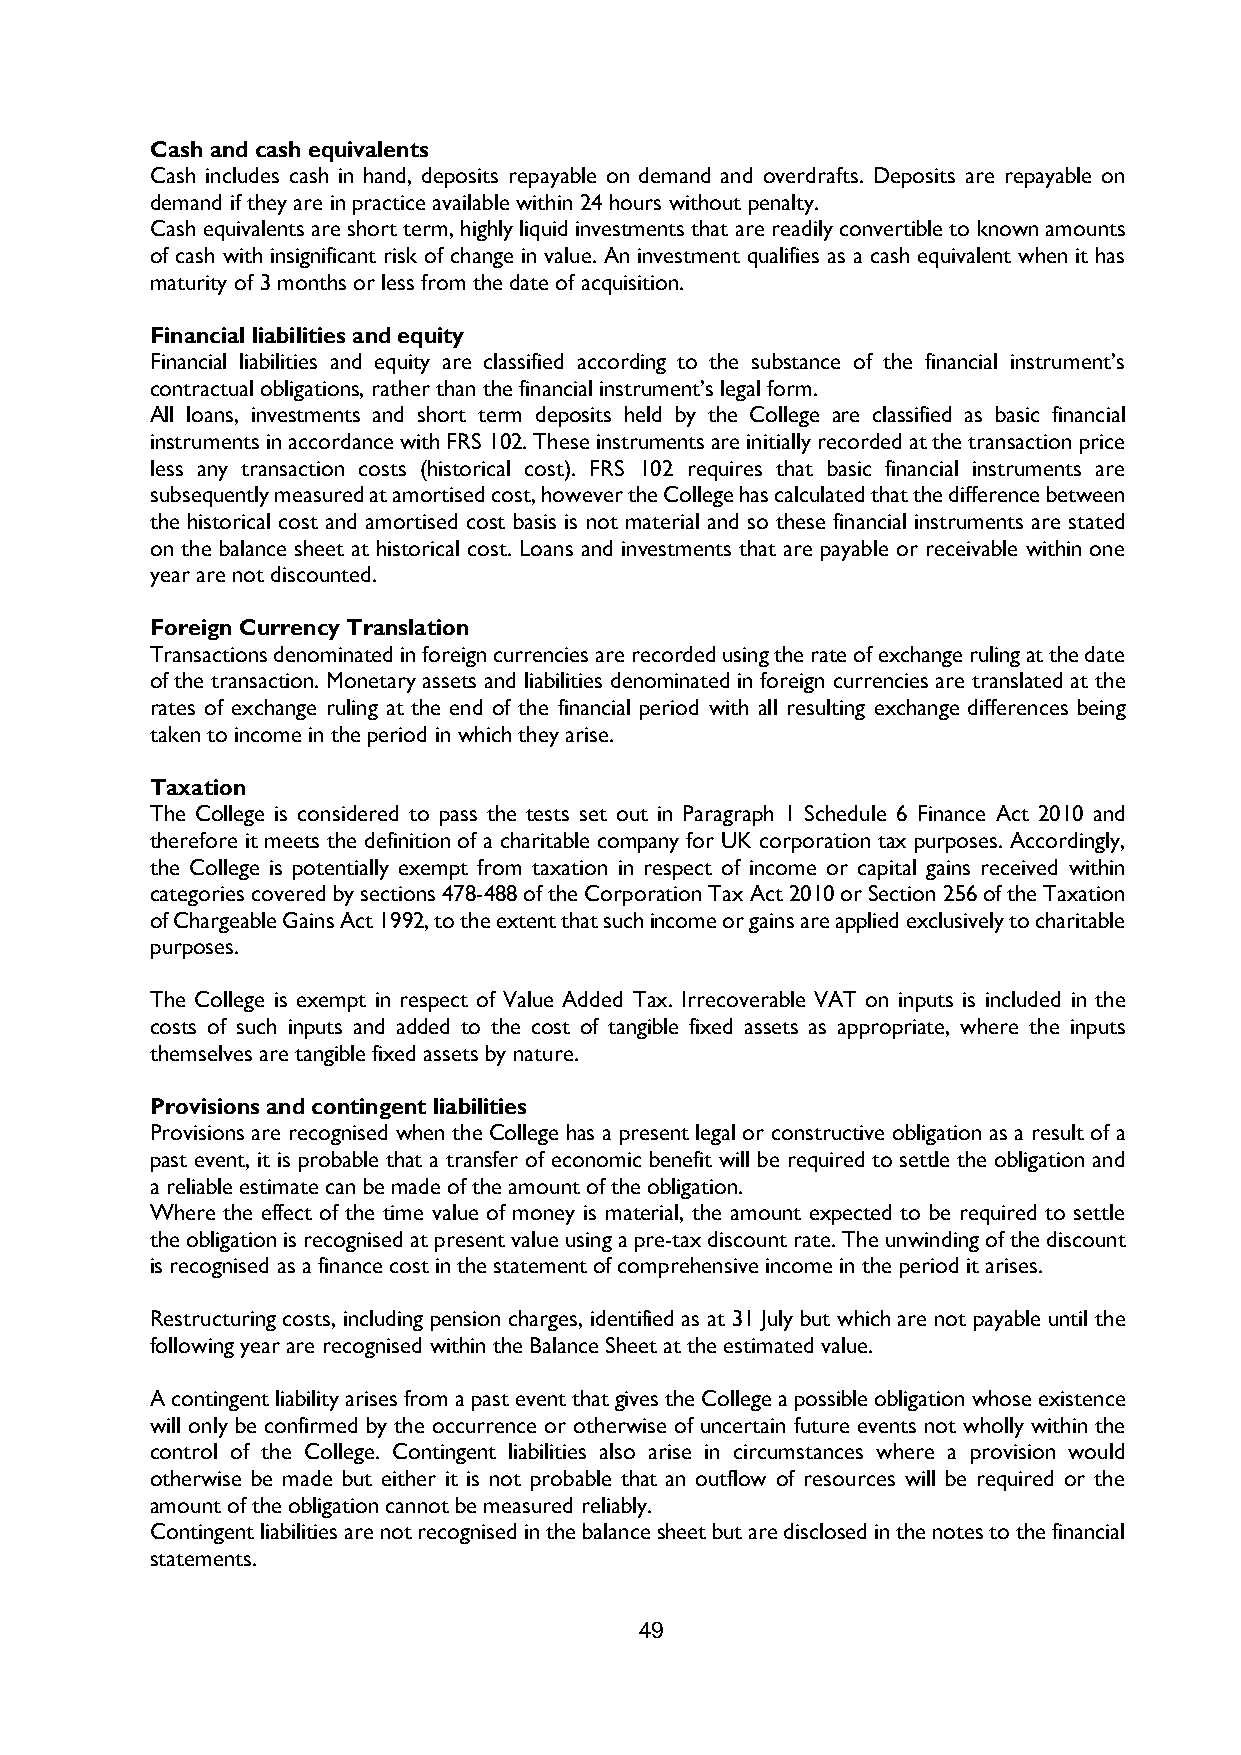
Cash and cash equivalents
 Cash includes cash in hand, deposits repayable on demand and overdrafts. Deposits are repayable on
 demand if they are in practice available within 24 hours without penalty.
 Cash equivalents are short term, highly liquid investments that are readily convertible to known amounts
 of cash with insignificant risk of change in value. An investment qualifies as a cash equivalent when it has
 maturity of 3 months or less from the date of acquisition.
 Financial liabilities and equity
 Financial liabilities and equity are classified according to the substance of the financial instrument’s
 contractual obligations, rather than the financial instrument’s legal form.
 All loans, investments and short term deposits held by the College are classified as basic financial
 instruments in accordance with FRS 102. These instruments are initially recorded at the transaction price
 less any transaction costs (historical cost). FRS 102 requires that basic financial instruments are
 subsequently measured at amortised cost, however the College has calculated that the difference between
 the historical cost and amortised cost basis is not material and so these financial instruments are stated
 on the balance sheet at historical cost. Loans and investments that are payable or receivable within one
 year are not discounted.
 Foreign Currency Translation
 Transactions denominated in foreign currencies are recorded using the rate of exchange ruling at the date
 of the transaction. Monetary assets and liabilities denominated in foreign currencies are translated at the
 rates of exchange ruling at the end of the financial period with all resulting exchange differences being
 taken to income in the period in which they arise.
 Taxation
 The College is considered to pass the tests set out in Paragraph 1 Schedule 6 Finance Act 2010 and
 therefore it meets the definition of a charitable company for UK corporation tax purposes. Accordingly,
 the College is potentially exempt from taxation in respect of income or capital gains received within
 categories covered by sections 478-488 of the Corporation Tax Act 2010 or Section 256 of the Taxation
 of Chargeable Gains Act 1992, to the extent that such income or gains are applied exclusively to charitable
 purposes.
 The College is exempt in respect of Value Added Tax. Irrecoverable VAT on inputs is included in the
 costs of such inputs and added to the cost of tangible fixed assets as appropriate, where the inputs
 themselves are tangible fixed assets by nature.
 Provisions and contingent liabilities
 Provisions are recognised when the College has a present legal or constructive obligation as a result of a
 past event, it is probable that a transfer of economic benefit will be required to settle the obligation and
 a reliable estimate can be made of the amount of the obligation.
 Where the effect of the time value of money is material, the amount expected to be required to settle
 the obligation is recognised at present value using a pre-tax discount rate. The unwinding of the discount
 is recognised as a finance cost in the statement of comprehensive income in the period it arises.
 Restructuring costs, including pension charges, identified as at 31 July but which are not payable until the
 following year are recognised within the Balance Sheet at the estimated value.
 A contingent liability arises from a past event that gives the College a possible obligation whose existence
 will only be confirmed by the occurrence or otherwise of uncertain future events not wholly within the
 control of the College. Contingent liabilities also arise in circumstances where a provision would
 otherwise be made but either it is not probable that an outflow of resources will be required or the
 amount of the obligation cannot be measured reliably.
 Contingent liabilities are not recognised in the balance sheet but are disclosed in the notes to the financial
 statements.
 49